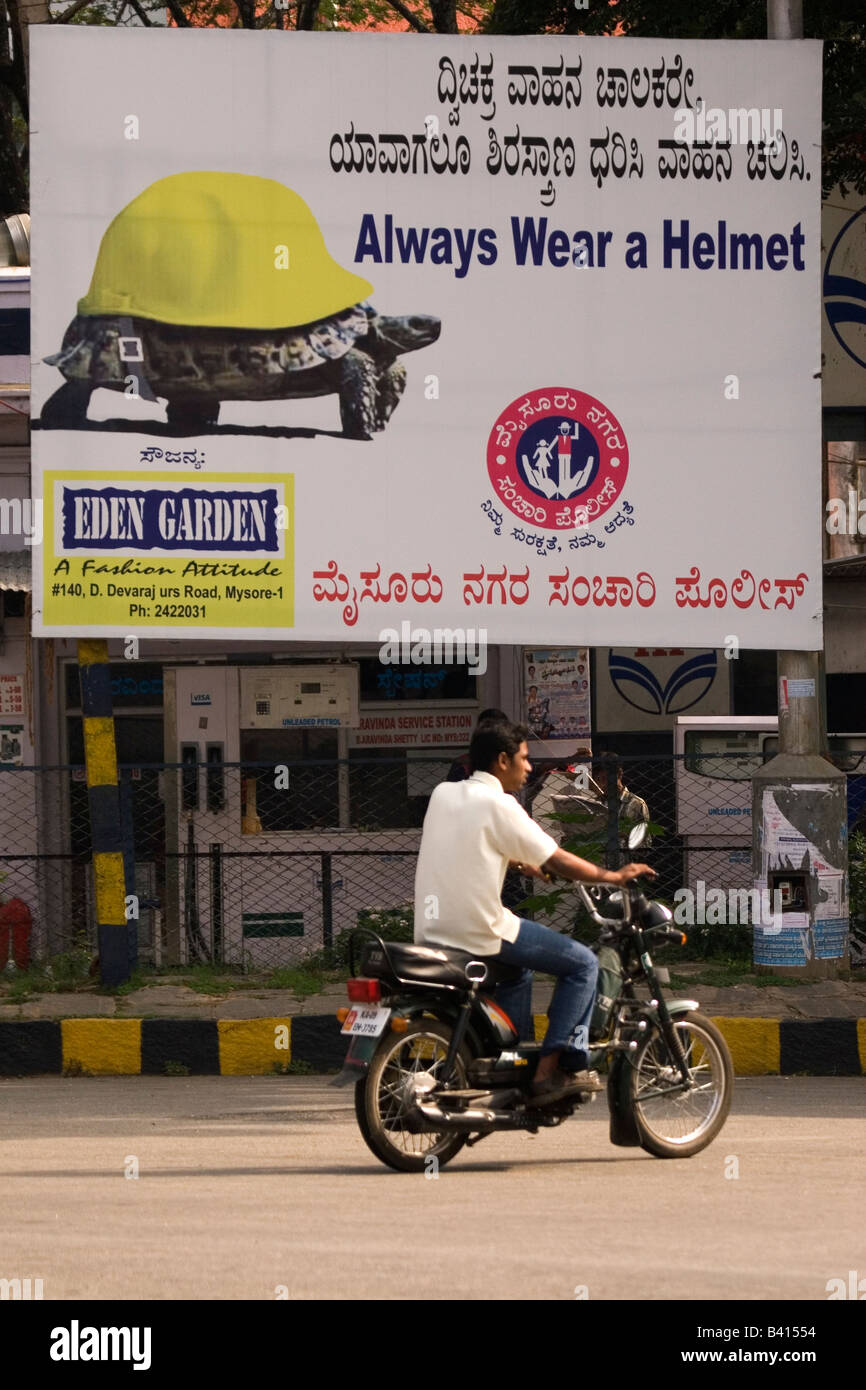
Language: kannada
Transcription: ಬಾಲಕರೇ. ವಾಹನ ಚಲಿಸಿ. ದ್ವಿಚಕ್ರ ಯಾವಾಗಲೂ ಧರಿಸಿ ಮೈಸೂರು ಸಂಚಾರಿ ಪೊಲೀಸ್ ಶಿರಸ್ತ್ರಾಣ ವಾಹನ ನಗರ